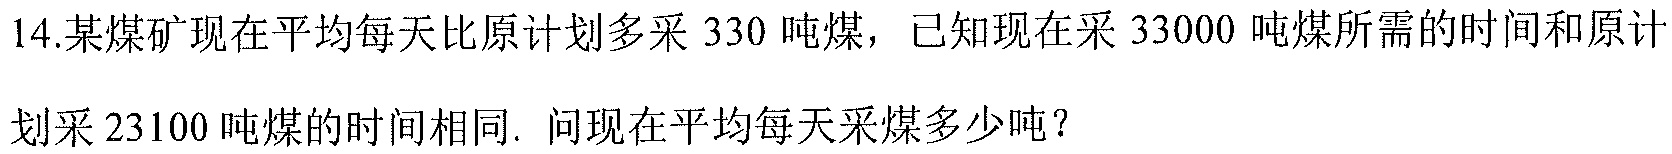
14.某煤矿现在平均每天比原计划多采\(330\)吨煤，已知现在采\(33000\)吨煤所需的时间和原计划采\(23100\)吨煤的时间相同. 问现在平均每天采煤多少吨？